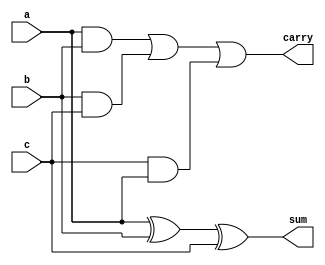
`timescale 1ns / 1ps

module fulladder(a,b,c,sum,carry);
input a,b,c;
output sum,carry;
wire w1,w2,w3;

xor g1(sum,a,b,c);
and g2(w1,a,b);
and g3(w2,b,c);
and g4(w3,c,a);
or g5(carry,w1,w2,w3);

endmodule